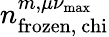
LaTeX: n_{\mathrm{frozen,\ chi}}^{m,\mu\nu_{\mathrm{max}}}